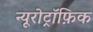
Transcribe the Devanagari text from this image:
न्यूरोट्रॉफ़िक